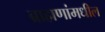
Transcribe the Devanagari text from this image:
ब्राह्मणांमधील